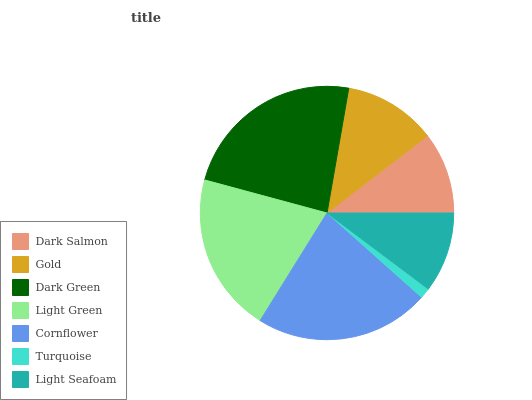
| Dark Salmon | Gold | Dark Green | Light Green | Cornflower | Turquoise | Light Seafoam |
 | --- | --- | --- | --- | --- | --- | --- |
 | 10.4% | 11.8% | 23.5% | 20.4% | 22.3% | 1.34% | 10.2% |